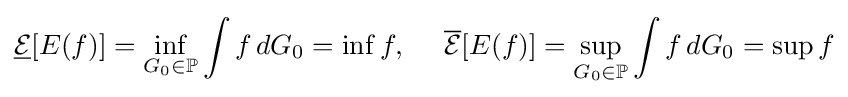
{\underline {\mathcal {E}}}[E(f)]=\inf \limits _{G_{0}\in \mathbb {P} }\int f\,dG_{0}=\inf f,~~~~{\overline {\mathcal {E}}}[E(f)]=\sup \limits _{G_{0}\in \mathbb {P} }\int f\,dG_{0}=\sup f